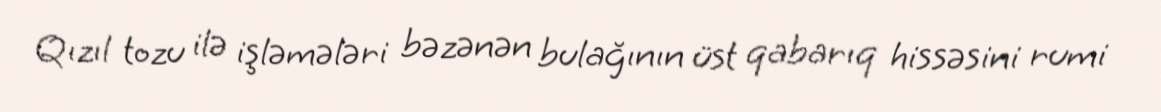
Qızıl tozu ilə işləmələri bəzənən bulağının üst qabarıq hissəsini rumi